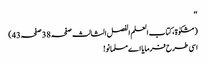
‘‘
(مشکوٰۃ، کتاب العلم الفصل الثالث صفحہ 38 صفحہ43)
اسی طرح فرمایا اے مسلمانو!